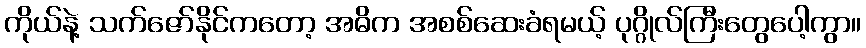
ကိုယ်နဲ့ သက်ဇော်နိုင်ကတော့ အဓိက အစစ်ဆေးခံရမယ့် ပုဂ္ဂိုလ်ကြီးတွေပေါ့ကွာ။